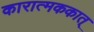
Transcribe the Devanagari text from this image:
कारात्मककात्‌